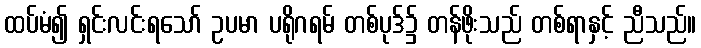
ထပ်မံ၍ ရှင်းလင်းရသော် ဥပမာ ပရိုဂရမ် တစ်ပုဒ်၌ တန်ဖိုးသည် တစ်ရာနှင့် ညီသည်။